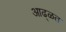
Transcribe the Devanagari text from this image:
आढ्ळत